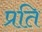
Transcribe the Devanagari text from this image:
प्रति